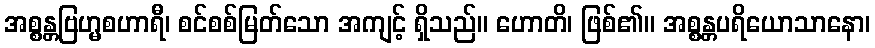
အစ္စန္တဗြဟ္မစဟာရီ၊ စင်စစ်မြတ်သော အကျင့် ရှိသည်။ ဟောတိ၊ ဖြစ်၏။ အစ္စန္တပရိယောသာနော၊